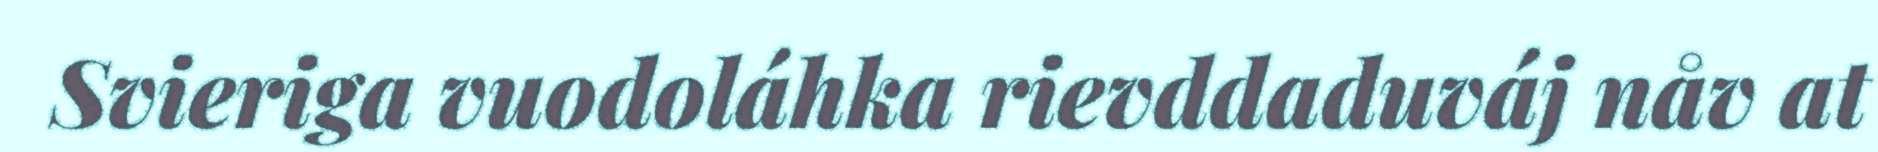
Svieriga vuodoláhka rievddaduváj nåv at